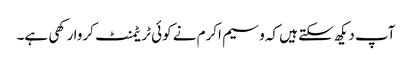
آپ دیکھ سکتے ہیں کہ وسیم اکرم نے کوئی ٹریٹمنٹ کروا رکھی ہے۔